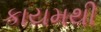
કાયમથી